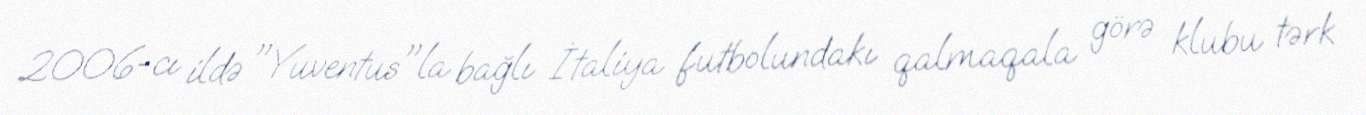
2006-cı ildə "Yuventus"la bağlı İtaliya futbolundakı qalmaqala görə klubu tərk